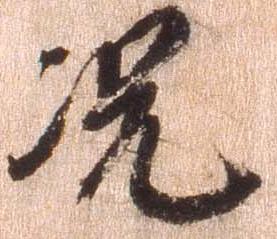
況